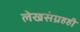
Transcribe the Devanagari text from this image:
लेखसंग्रहही